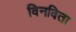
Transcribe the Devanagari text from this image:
विनविता